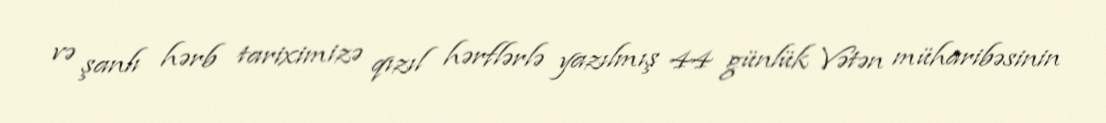
və şanlı hərb tariximizə qızıl hərflərlə yazılmış 44 günlük Vətən müharibəsinin